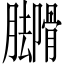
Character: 𬛟